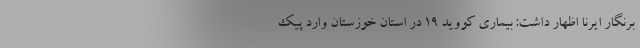
برنگار ایرنا اظهار داشت: بیماری کووید ۱۹ در استان خوزستان وارد پیک